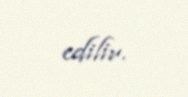
edilir.